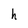
Character: h